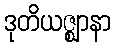
ဒုတိယဇ္ဈာနာ